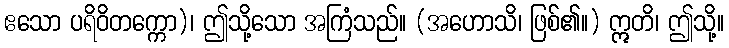
ဧသော ပရိဝိတက္ကော)၊ ဤသို့သော အကြံသည်။ (အဟောသိ၊ ဖြစ်၏။) ဣတိ၊ ဤသို့။